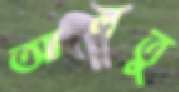
আলতু